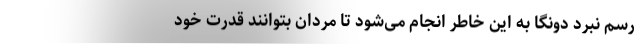
رسم نبرد دونگا به این خاطر انجام می‌شود تا مردان بتوانند قدرت خود